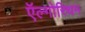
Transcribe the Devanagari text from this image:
ऍल्गोरिथम